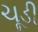
ચૂડી